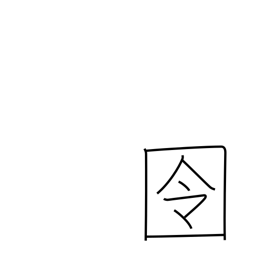
Meaning: prison